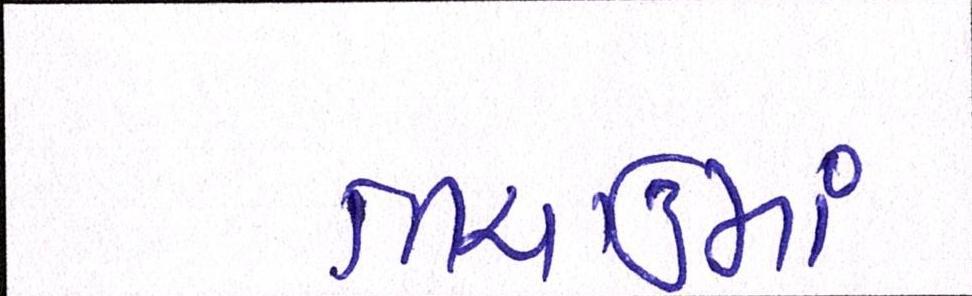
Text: ભચાઉમાં